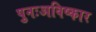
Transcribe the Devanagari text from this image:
पुनःअविष्कार